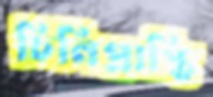
চিনিপ্রাপ্তি